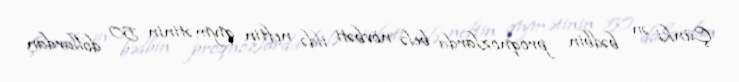
Çünki ən bədbin proqnozlarda belə növbəti ildə neftin qiymətinin 50 dollardan